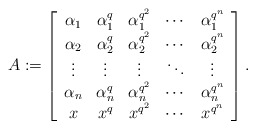
\begin{align*}A:= \left[ \begin{array}{ccccc} \alpha_1&\alpha_1^q&\alpha_1^{q^2}&\cdots&\alpha_1^{q^{n}}\\ \alpha_2&\alpha_2^q&\alpha_2^{q^2}&\cdots&\alpha_2^{q^{n}}\\ \vdots&\vdots&\vdots&\ddots&\vdots\\ \alpha_n&\alpha_n^q&\alpha_n^{q^2}&\cdots&\alpha_n^{q^{n}}\\ x&x^q&x^{q^2}&\cdots&x^{q^{n}}\\ \end{array} \right].\end{align*}